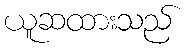
ယူဆထားသည်